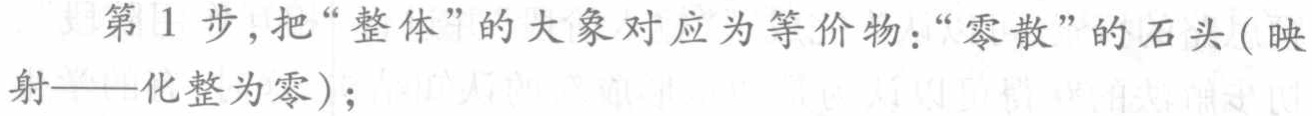
第 1 步, 把 “整体” 的大象对应为等价物: “零散” 的石头 (映射——化整为零);